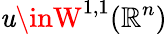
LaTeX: \mathit{u}\inW^{1,1}(\mathbb{{R}}^{n})